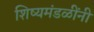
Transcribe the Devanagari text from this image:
शिष्यमंडळींनी